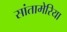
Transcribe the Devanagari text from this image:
सांतामेरिया